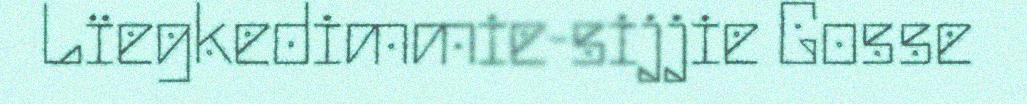
Lïegkedimmie-sijjie Gosse